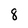
Character: 8